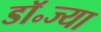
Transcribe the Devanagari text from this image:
डॉ॰ज्या